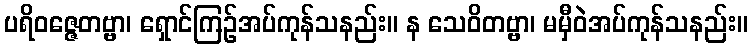
ပရိဝဇ္ဇေတဗ္ဗာ၊ ရှောင်ကြဉ်အပ်ကုန်သနည်း။ န သေဝိတဗ္ဗာ၊ မမှီဝဲအပ်ကုန်သနည်း။